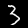
Label: 3